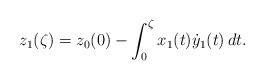
LaTeX: \begin{align*}z_{1}(\zeta)= z_0(0)-\int_0^\zeta x_{1}(t)\dot y_{1}(t)\, dt.\end{align*}